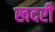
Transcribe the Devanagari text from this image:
खदरी